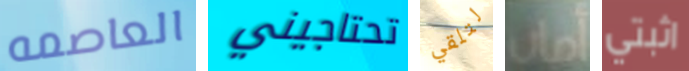
العاصمه تحتاجيني لتلقي أمان اثبتي